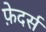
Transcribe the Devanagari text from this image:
फ़ेदर्स